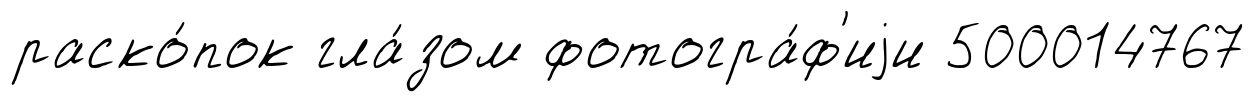
раско́пок гла́зом фотогра́ф'иjи 500014767